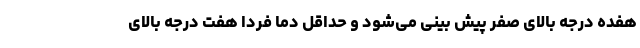
هفده درجه بالای صفر پیش بینی می‌شود و حداقل دما فردا هفت درجه بالای